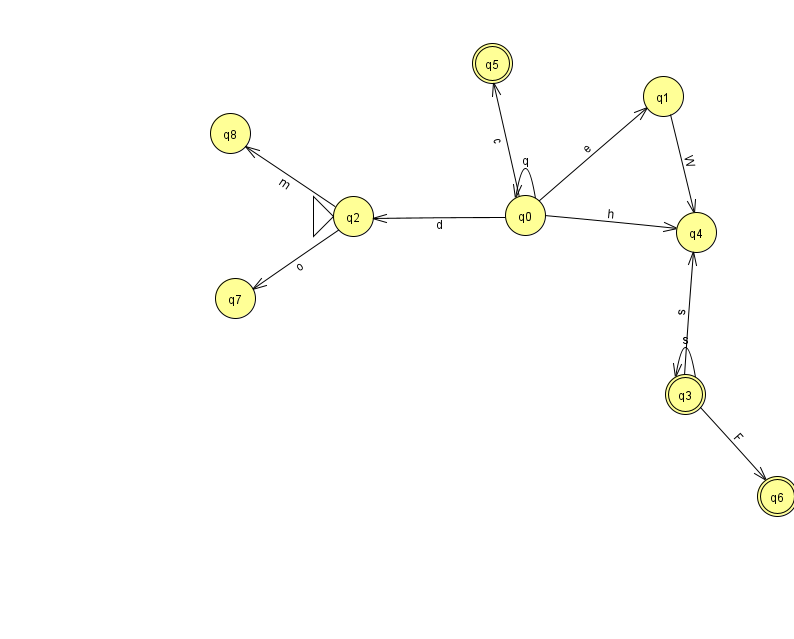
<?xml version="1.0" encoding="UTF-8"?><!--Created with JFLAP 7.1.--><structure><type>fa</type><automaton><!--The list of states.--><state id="0" name="q0"><x>525.0</x><y>202.0</y></state><state id="1" name="q1"><x>663.0</x><y>83.0</y></state><state id="2" name="q2"><x>353.0</x><y>203.0</y><initial/></state><state id="3" name="q3"><x>685.0</x><y>381.0</y><final/></state><state id="4" name="q4"><x>696.0</x><y>219.0</y></state><state id="5" name="q5"><x>492.0</x><y>50.0</y><final/></state><state id="6" name="q6"><x>777.0</x><y>483.0</y><final/></state><state id="7" name="q7"><x>235.0</x><y>285.0</y></state><state id="8" name="q8"><x>230.0</x><y>120.0</y></state><!--The list of transitions.--><transition><from>0</from><to>0</to><read>q</read></transition><transition><from>3</from><to>3</to><read>s</read></transition><transition><from>0</from><to>2</to><read>d</read></transition><transition><from>2</from><to>8</to><read>m</read></transition><transition><from>0</from><to>4</to><read>h</read></transition><transition><from>3</from><to>4</to><read>s</read></transition><transition><from>0</from><to>5</to><read>c</read></transition><transition><from>1</from><to>4</to><read>W</read></transition><transition><from>2</from><to>7</to><read>o</read></transition><transition><from>3</from><to>6</to><read>F</read></transition><transition><from>0</from><to>1</to><read>e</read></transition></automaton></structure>